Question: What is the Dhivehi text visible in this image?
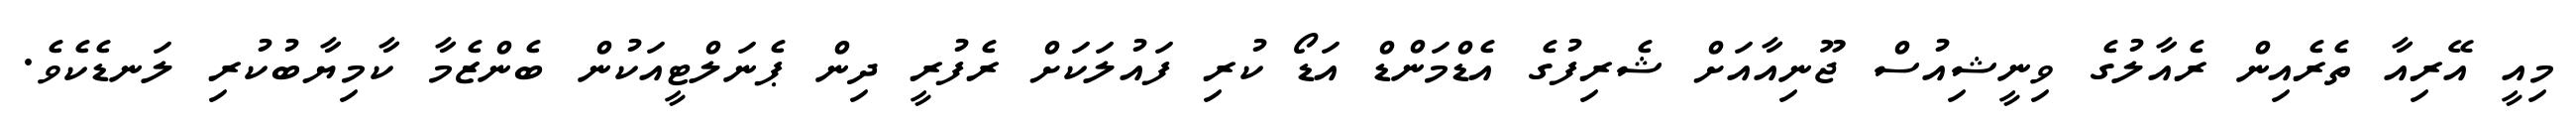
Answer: މިއީ އޭރިއާ ތެރެއިން ރެއާލުގެ ވިނީޝިއުސް ޖޫނިއާއަށް ޝެރިފުގެ އެޑްމަންޑް އަޑޯ ކުރި ފައުލަކަށް ރެފުރީ ދިން ޕެނަލްޓީއަކުން ބެންޒެމާ ކާމިޔާބުކުރި ލަނޑެކެވެ.